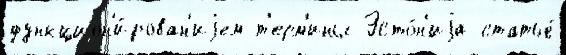
функцион'и́рован'иjем т'ерм'ины Эсто́н'иjа статье́